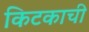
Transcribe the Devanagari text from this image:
किटकाची